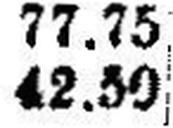
42.30